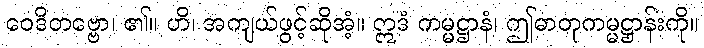
ဝေဒိတဗ္ဗော၊ ၏။ ဟိ၊ အကျယ်ဖွင့်ဆိုအံ့။ ဣဒံ ကမ္မဋ္ဌာနံ၊ ဤဓာတုကမ္မဋ္ဌာန်းကို။